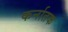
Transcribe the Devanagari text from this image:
कर्नातक